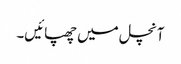
آنچل میں چھپائیں۔